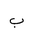
Letter: _ba